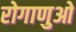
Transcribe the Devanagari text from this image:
रोगाणुओ